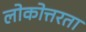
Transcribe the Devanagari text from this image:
लोकोत्तरता